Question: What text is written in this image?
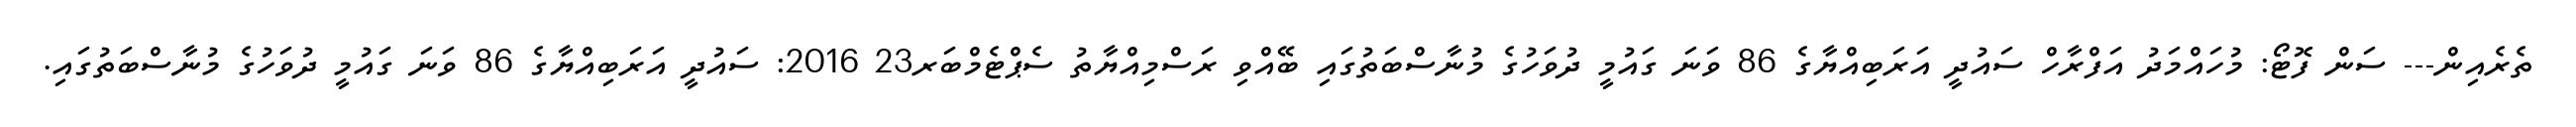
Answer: ތެރެއިން--- ސަން ފޮޓޯ: މުހައްމަދު އަފްރާހް ސައުދީ އަރަބިއްޔާގެ 86 ވަނަ ގައުމީ ދުވަހުގެ މުނާސްބަތުގައި ބޭއްވި ރަސްމިއްޔާތު ސެޕްޓެމްބަރ23 2016: ސައުދީ އަރަބިއްޔާގެ 86 ވަނަ ގައުމީ ދުވަހުގެ މުނާސްބަތުގައި.